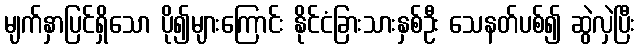
မျက်နှာပြင်ရှိသော ပို၍များကြောင်း နိုင်ငံခြားသားနှစ်ဦး သေနတ်ပစ်၍ ဆွဲလှဲပြီး